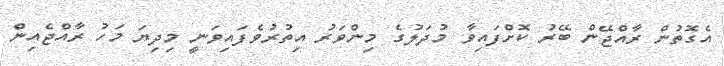
އެގޮތުން ރާއްޖޭން ބޭރު ކޮށްފައިވާ މުދަލުގެ މިންވަރު އިތުރުވެފައިވަނީ މިދިޔަ މަހު ރާއްޖެއިން